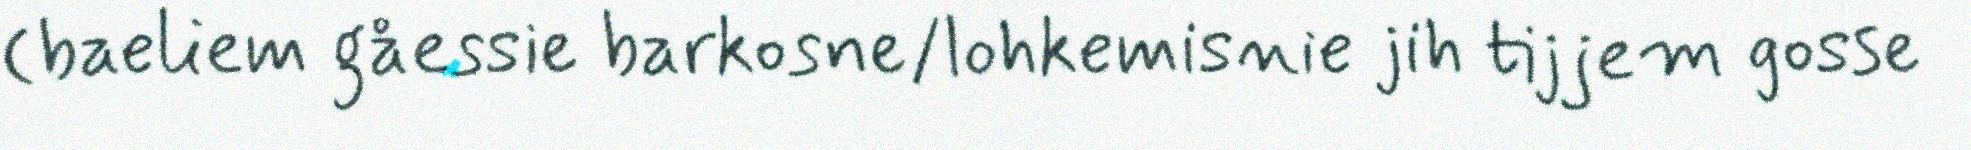
(baeliem gåessie barkosne/lohkemisnie jih tijjem gosse